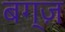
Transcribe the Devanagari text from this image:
बग्ज़